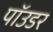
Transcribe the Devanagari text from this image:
पॉउडर